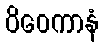
ဝိဝေကာနံ